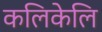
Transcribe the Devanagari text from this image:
कलिकेलि